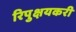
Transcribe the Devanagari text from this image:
रिपुक्षयकरी